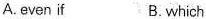
A.even if B. which